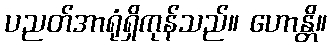
ပညတ်အာရုံရှိကုန်သည်။ ဟောန္တိ။